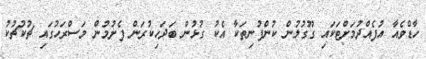
ހާޑްވެއާ އުފެއްދުމަށްޓަކައި ގޫގުލުން ކުންފުނިތަކާ އެކު ގުޅުން ބަދަހިކުރަން ފެށުމުން މަސްރަހުގައި ޗުކުޗުކު